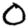
Digit: 0